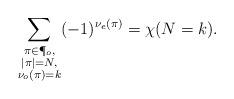
LaTeX: \begin{align*}\sum_{\substack{\pi\in\P_o,\\ |\pi|=N,\\ \nu_o(\pi)=k}} (-1)^{\nu_e(\pi)} = \chi(N=k).\end{align*}